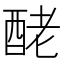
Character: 𨠬